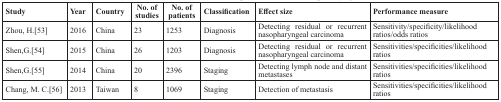
<table><thead><tr><td><b>Study</b></td><td><b>Year</b></td><td><b>Country</b></td><td><b>No. of studies</b></td><td><b>No. of patients</b></td><td><b>Classification</b></td><td><b>Effect size</b></td><td><b>Performance measure</b></td></tr></thead><tbody><tr><td>Zhou, H.[53]</td><td>2016</td><td>China</td><td>23</td><td>1253</td><td>Diagnosis</td><td>Detecting residual or recurrent nasopharyngeal carcinoma</td><td>Sensitivity/specificity/likelihood ratios/odds ratios</td></tr><tr><td>Shen,G.[54]</td><td>2015</td><td>China</td><td>26</td><td>1203</td><td>Diagnosis</td><td>Detecting residual or recurrent nasopharyngeal carcinoma</td><td>Sensitivities/specificities/likelihood ratios</td></tr><tr><td>Shen,G.[55]</td><td>2014</td><td>China</td><td>20</td><td>2396</td><td>Staging</td><td>Detecting lymph node and distant metastases</td><td>Sensitivities/specificities/likelihood ratios</td></tr><tr><td>Chang, M. C.[56]</td><td>2013</td><td>Taiwan</td><td>8</td><td>1069</td><td>Staging</td><td>Detection of metastasis</td><td>Sensitivities/specificities/likelihood ratios</td></tr></tbody></table>